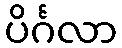
ပိင်္ဂလာ